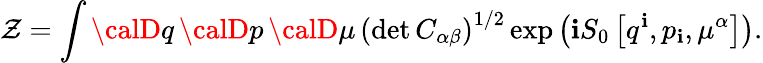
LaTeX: \mathcal{Z}=\int{\calD}q\, {\calD}p\, {\calD}\mu\, \left(\operatorname*{det}C_{\alpha\beta}\right)^{1/2}\exp\left(\mathbf{i}S_{0}\left[q^{\mathbf{i}},p_{\mathbf{i}},\mu^{\alpha}\right]\right).